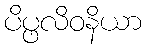
ပိပ္ဖလိဝနိယာ